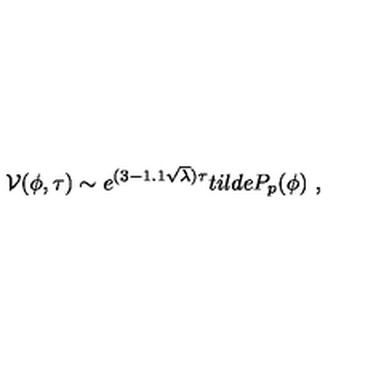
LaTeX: { \cal V } ( \phi , \tau ) \sim e ^ { ( 3 - 1 . 1 \sqrt \lambda ) \tau } t i l d e P _ { p } ( \phi ) \ ,